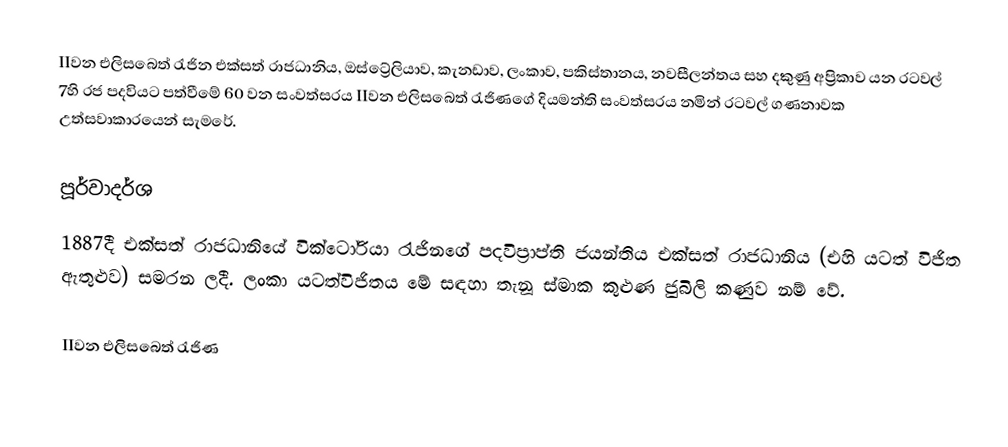
IIවන එලිසබෙත් රැජින එක්සත් රාජධානිය, ඔස්ට්‍රේලියාව, කැනඩාව, ලංකාව, පකිස්තානය, නවසීලන්තය සහ දකුණු අප්‍රිකාව යන රටවල් 7හි රජ පදවියට පත්වීමේ 60 වන සංවත්සරය IIවන එලිසබෙත් රැජිණගේ දියමන්ති සංවත්සරය නමින් රටවල් ගණනාවක උත්සවාකාරයෙන් සැමරේ.

පූර්වාදර්ශ
1887දී එක්සත් රාජධානියේ වික්ටෝරියා රැජිනගේ  පදවිප්‍රාප්ති ජයන්තිය  එක්සත් රාජධානිය (එහි යටත් විජිත ඇතුළුව) සමරන ලදී. ලංකා යටත්විජිතය මේ සඳහා තැනූ ස්මාක කුළුණ ජුබිලි කණුව නම් වේ.

IIවන එලිසබෙත් රැජිණ